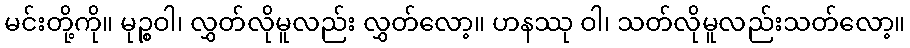
မင်းတို့ကို။ မုဉ္စဝါ၊ လွှတ်လိုမူလည်း လွှတ်လော့။ ဟနဿု ဝါ၊ သတ်လိုမူလည်းသတ်လော့။